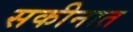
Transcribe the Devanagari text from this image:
सकीनात